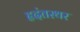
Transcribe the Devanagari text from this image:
हृदंतस्थर